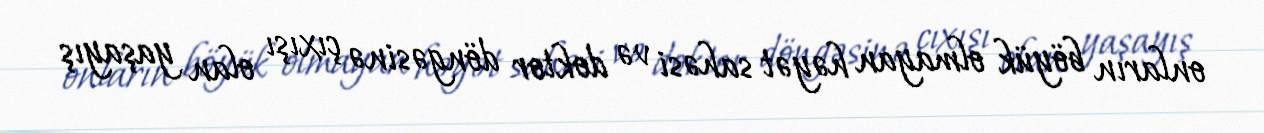
onların böyük olmayan həyət sahəsi və doktor döngəsinə çıxışı olan yaşayış